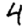
Digit: 4